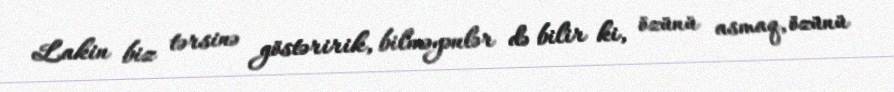
Lakin biz tərsinə göstəririk, bilməyənlər də bilir ki, özünü asmaq, özünü